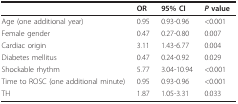
<table><thead><tr><td></td><td><b>OR</b></td><td><b>95% CI</b></td><td><b><i>P </i>value</b></td></tr></thead><tbody><tr><td>Age (one additional year)</td><td>0.95</td><td>0.93-0.96</td><td>&lt;0.001</td></tr><tr><td>Female gender</td><td>0.47</td><td>0.27-0.80</td><td>0.007</td></tr><tr><td>Cardiac origin</td><td>3.11</td><td>1.43-6.77</td><td>0.004</td></tr><tr><td>Diabetes mellitus</td><td>0.47</td><td>0.24-0.92</td><td>0.029</td></tr><tr><td>Shockable rhythm</td><td>5.77</td><td>3.04-10.94</td><td>&lt;0.001</td></tr><tr><td>Time to ROSC (one additional minute)</td><td>0.95</td><td>0.93-0.96</td><td>&lt;0.001</td></tr><tr><td>TH</td><td>1.87</td><td>1.05-3.31</td><td>0.033</td></tr></tbody></table>